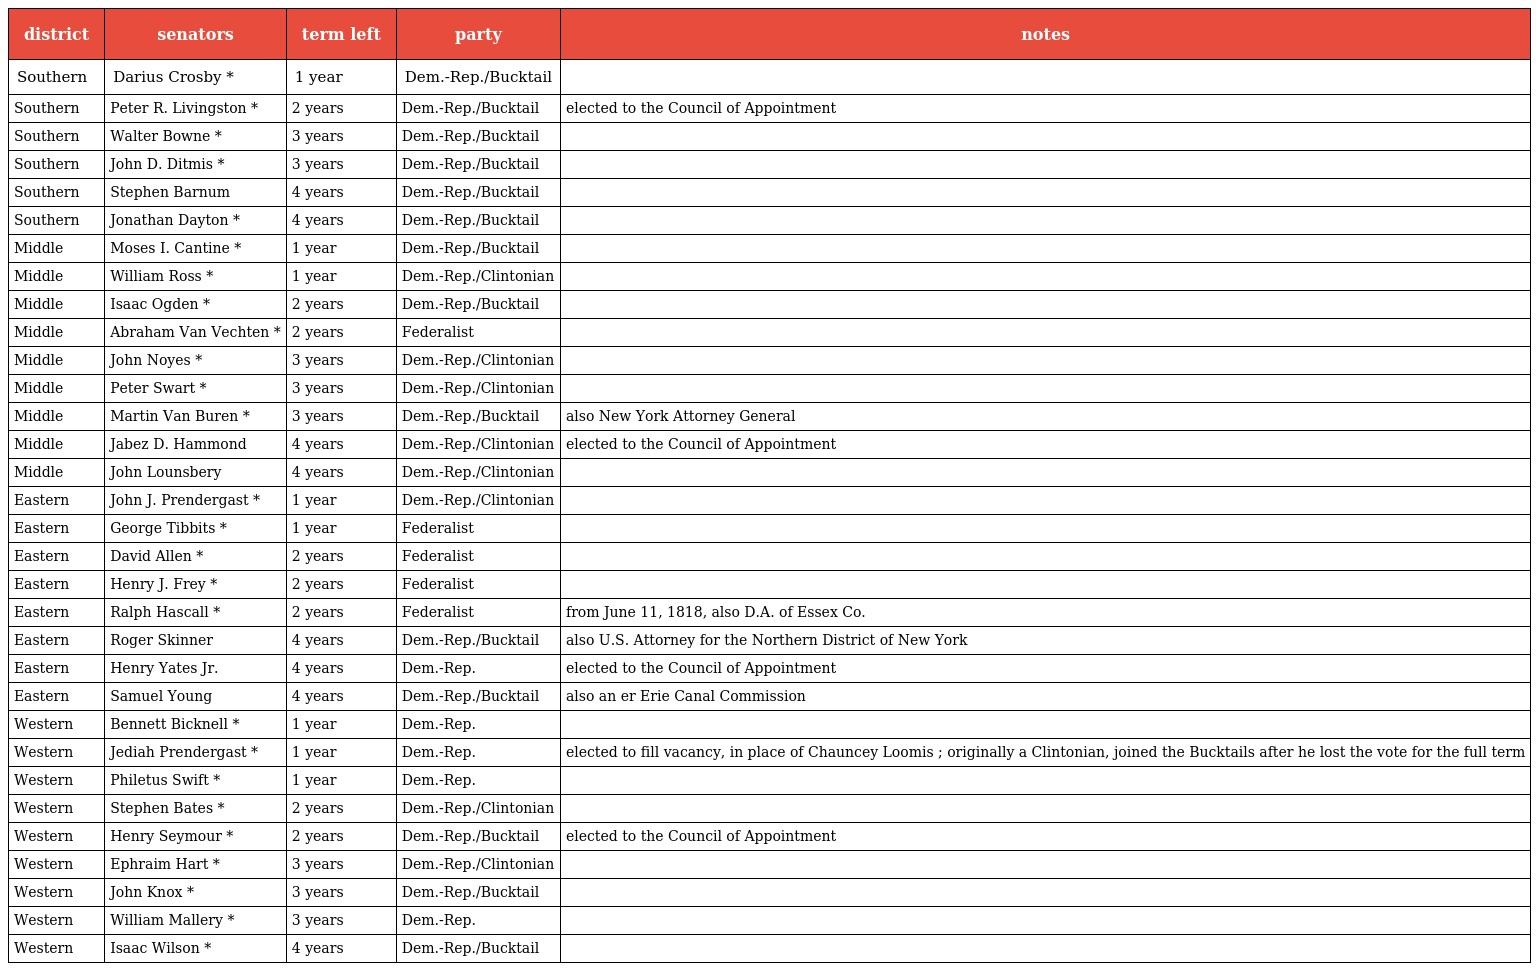
| district | senators | term left | party | notes |
 | --- | --- | --- | --- | --- |
 | Southern | Darius Crosby * | 1 year | Dem.-Rep./Bucktail |  |
 | Southern | Peter R. Livingston * | 2 years | Dem.-Rep./Bucktail | elected to the Council of Appointment |
 | Southern | Walter Bowne * | 3 years | Dem.-Rep./Bucktail |  |
 | Southern | John D. Ditmis * | 3 years | Dem.-Rep./Bucktail |  |
 | Southern | Stephen Barnum | 4 years | Dem.-Rep./Bucktail |  |
 | Southern | Jonathan Dayton * | 4 years | Dem.-Rep./Bucktail |  |
 | Middle | Moses I. Cantine * | 1 year | Dem.-Rep./Bucktail |  |
 | Middle | William Ross * | 1 year | Dem.-Rep./Clintonian |  |
 | Middle | Isaac Ogden * | 2 years | Dem.-Rep./Bucktail |  |
 | Middle | Abraham Van Vechten * | 2 years | Federalist |  |
 | Middle | John Noyes * | 3 years | Dem.-Rep./Clintonian |  |
 | Middle | Peter Swart * | 3 years | Dem.-Rep./Clintonian |  |
 | Middle | Martin Van Buren * | 3 years | Dem.-Rep./Bucktail | also New York Attorney General |
 | Middle | Jabez D. Hammond | 4 years | Dem.-Rep./Clintonian | elected to the Council of Appointment |
 | Middle | John Lounsbery | 4 years | Dem.-Rep./Clintonian |  |
 | Eastern | John J. Prendergast * | 1 year | Dem.-Rep./Clintonian |  |
 | Eastern | George Tibbits * | 1 year | Federalist |  |
 | Eastern | David Allen * | 2 years | Federalist |  |
 | Eastern | Henry J. Frey * | 2 years | Federalist |  |
 | Eastern | Ralph Hascall * | 2 years | Federalist | from June 11, 1818, also D.A. of Essex Co. |
 | Eastern | Roger Skinner | 4 years | Dem.-Rep./Bucktail | also U.S. Attorney for the Northern District of New York |
 | Eastern | Henry Yates Jr. | 4 years | Dem.-Rep. | elected to the Council of Appointment |
 | Eastern | Samuel Young | 4 years | Dem.-Rep./Bucktail | also an er Erie Canal Commission |
 | Western | Bennett Bicknell * | 1 year | Dem.-Rep. |  |
 | Western | Jediah Prendergast * | 1 year | Dem.-Rep. | elected to fill vacancy, in place of Chauncey Loomis ; originally a Clintonian, joined the Bucktails after he lost the vote for the full term |
 | Western | Philetus Swift * | 1 year | Dem.-Rep. |  |
 | Western | Stephen Bates * | 2 years | Dem.-Rep./Clintonian |  |
 | Western | Henry Seymour * | 2 years | Dem.-Rep./Bucktail | elected to the Council of Appointment |
 | Western | Ephraim Hart * | 3 years | Dem.-Rep./Clintonian |  |
 | Western | John Knox * | 3 years | Dem.-Rep./Bucktail |  |
 | Western | William Mallery * | 3 years | Dem.-Rep. |  |
 | Western | Isaac Wilson * | 4 years | Dem.-Rep./Bucktail |  |